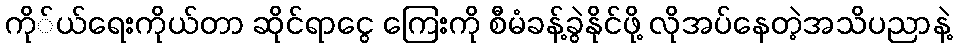
ကို်ယ်ရေးကိုယ်တာ ဆိုင်ရာငွေ ကြေးကို စီမံခန့်ခွဲနိုင်ဖို့ လိုအပ်နေတဲ့အသိပညာနဲ့